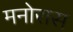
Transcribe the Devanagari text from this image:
मनोरास